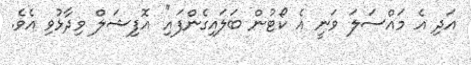
އަދި އެ މައްސަލަ ވަނީ އެ ކޯޓުން ބަލައިގެންފައި'' އޮފިޝަލް ވިދާޅުވި އެވެ.